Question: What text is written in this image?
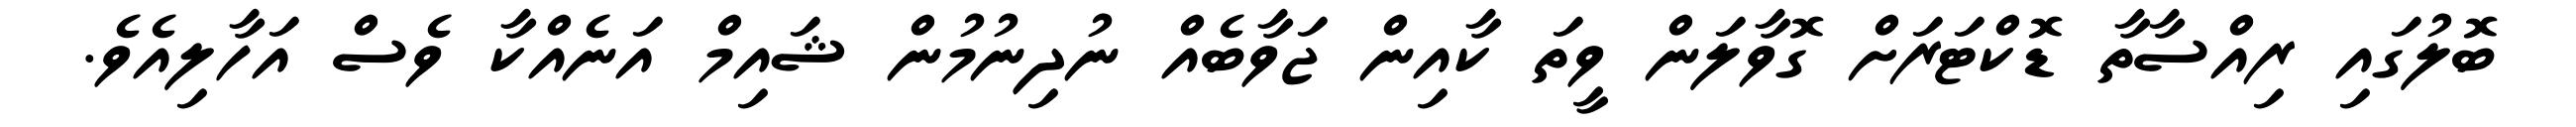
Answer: ބޮލުގައި ރިއްސާތާ ޑޮކްޓަރަށް ގޮވާލަން ވީތަ ކާއިން ޖަވާބެއް ނުދިނުމުން ޝައިމް އަނެއްކާ ވެސް އަހާލިއެވެ.